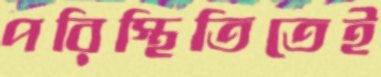
পরিস্থিতিতেই